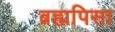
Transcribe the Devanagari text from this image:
ब्रह्मपिसा